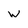
Character: w